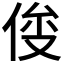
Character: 𰂍